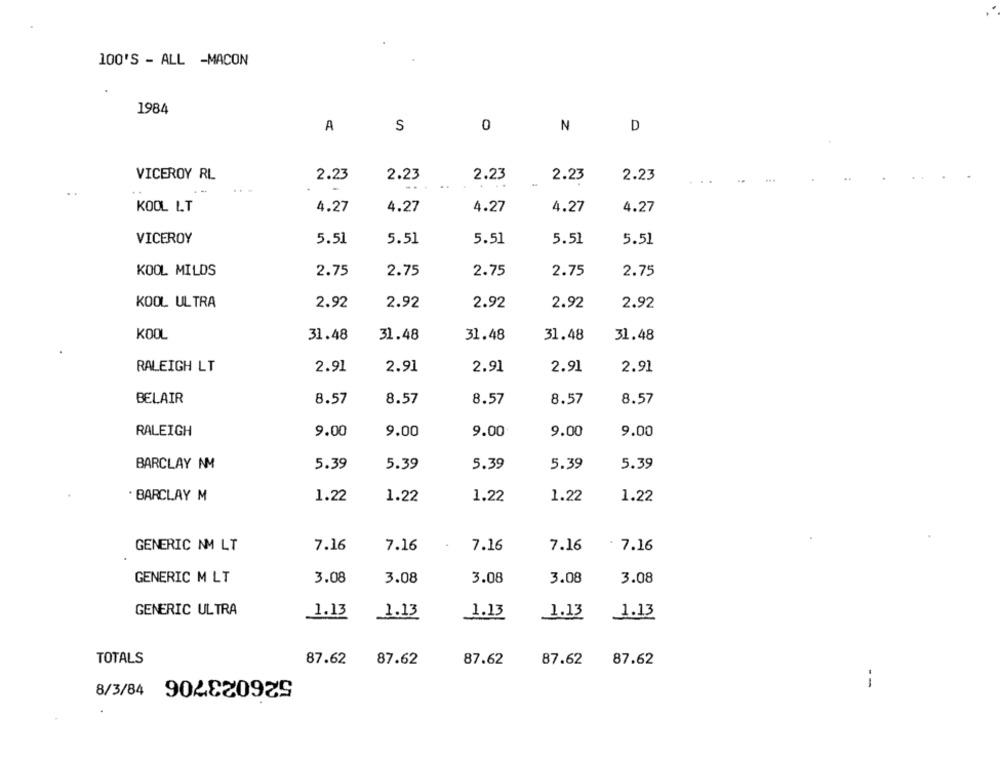
100'S - ALL -MACON
1984
A
S
0
N
D
VICEROY RL
2.23
2.23
2.23
2.23
2.23
..
..
KOOL LT
4.27
4.27
4.27
4.27
4.27
VICEROY
5.51
5.51
5.51
5.51
5.51
KOOL MILDS
2.75
2.75
2.75
2.75
2.75
KOOL ULTRA
2.92
2.92
2.92
2.92
2.92
KOOL
31.48
31.48
31.48
31.48
31.48
RALEIGH LT
2.91
2.91
2.91
2.91
2.91
BELAIR
8.57
8.57
8.57
8.57
8.57
9.00
9.00
9.00
9.00
9.00
RALEIGH
5.39
BARCLAY AM
5.39
5.39
5.39
5.39
BARCLAY M
1.22
1.22
1.22
1.22
1.22
GENERIC NM LT
7.16
7.16
7.16
* 7.16
7.16
GENERIC M LT
3.08
3.08
3.08
3.08
3.08
GENERIC ULTRA
1.13
1.13
1.13
1.13
1.13
TOTALS
87.62
87.62
87.62
87.62
87.62
--